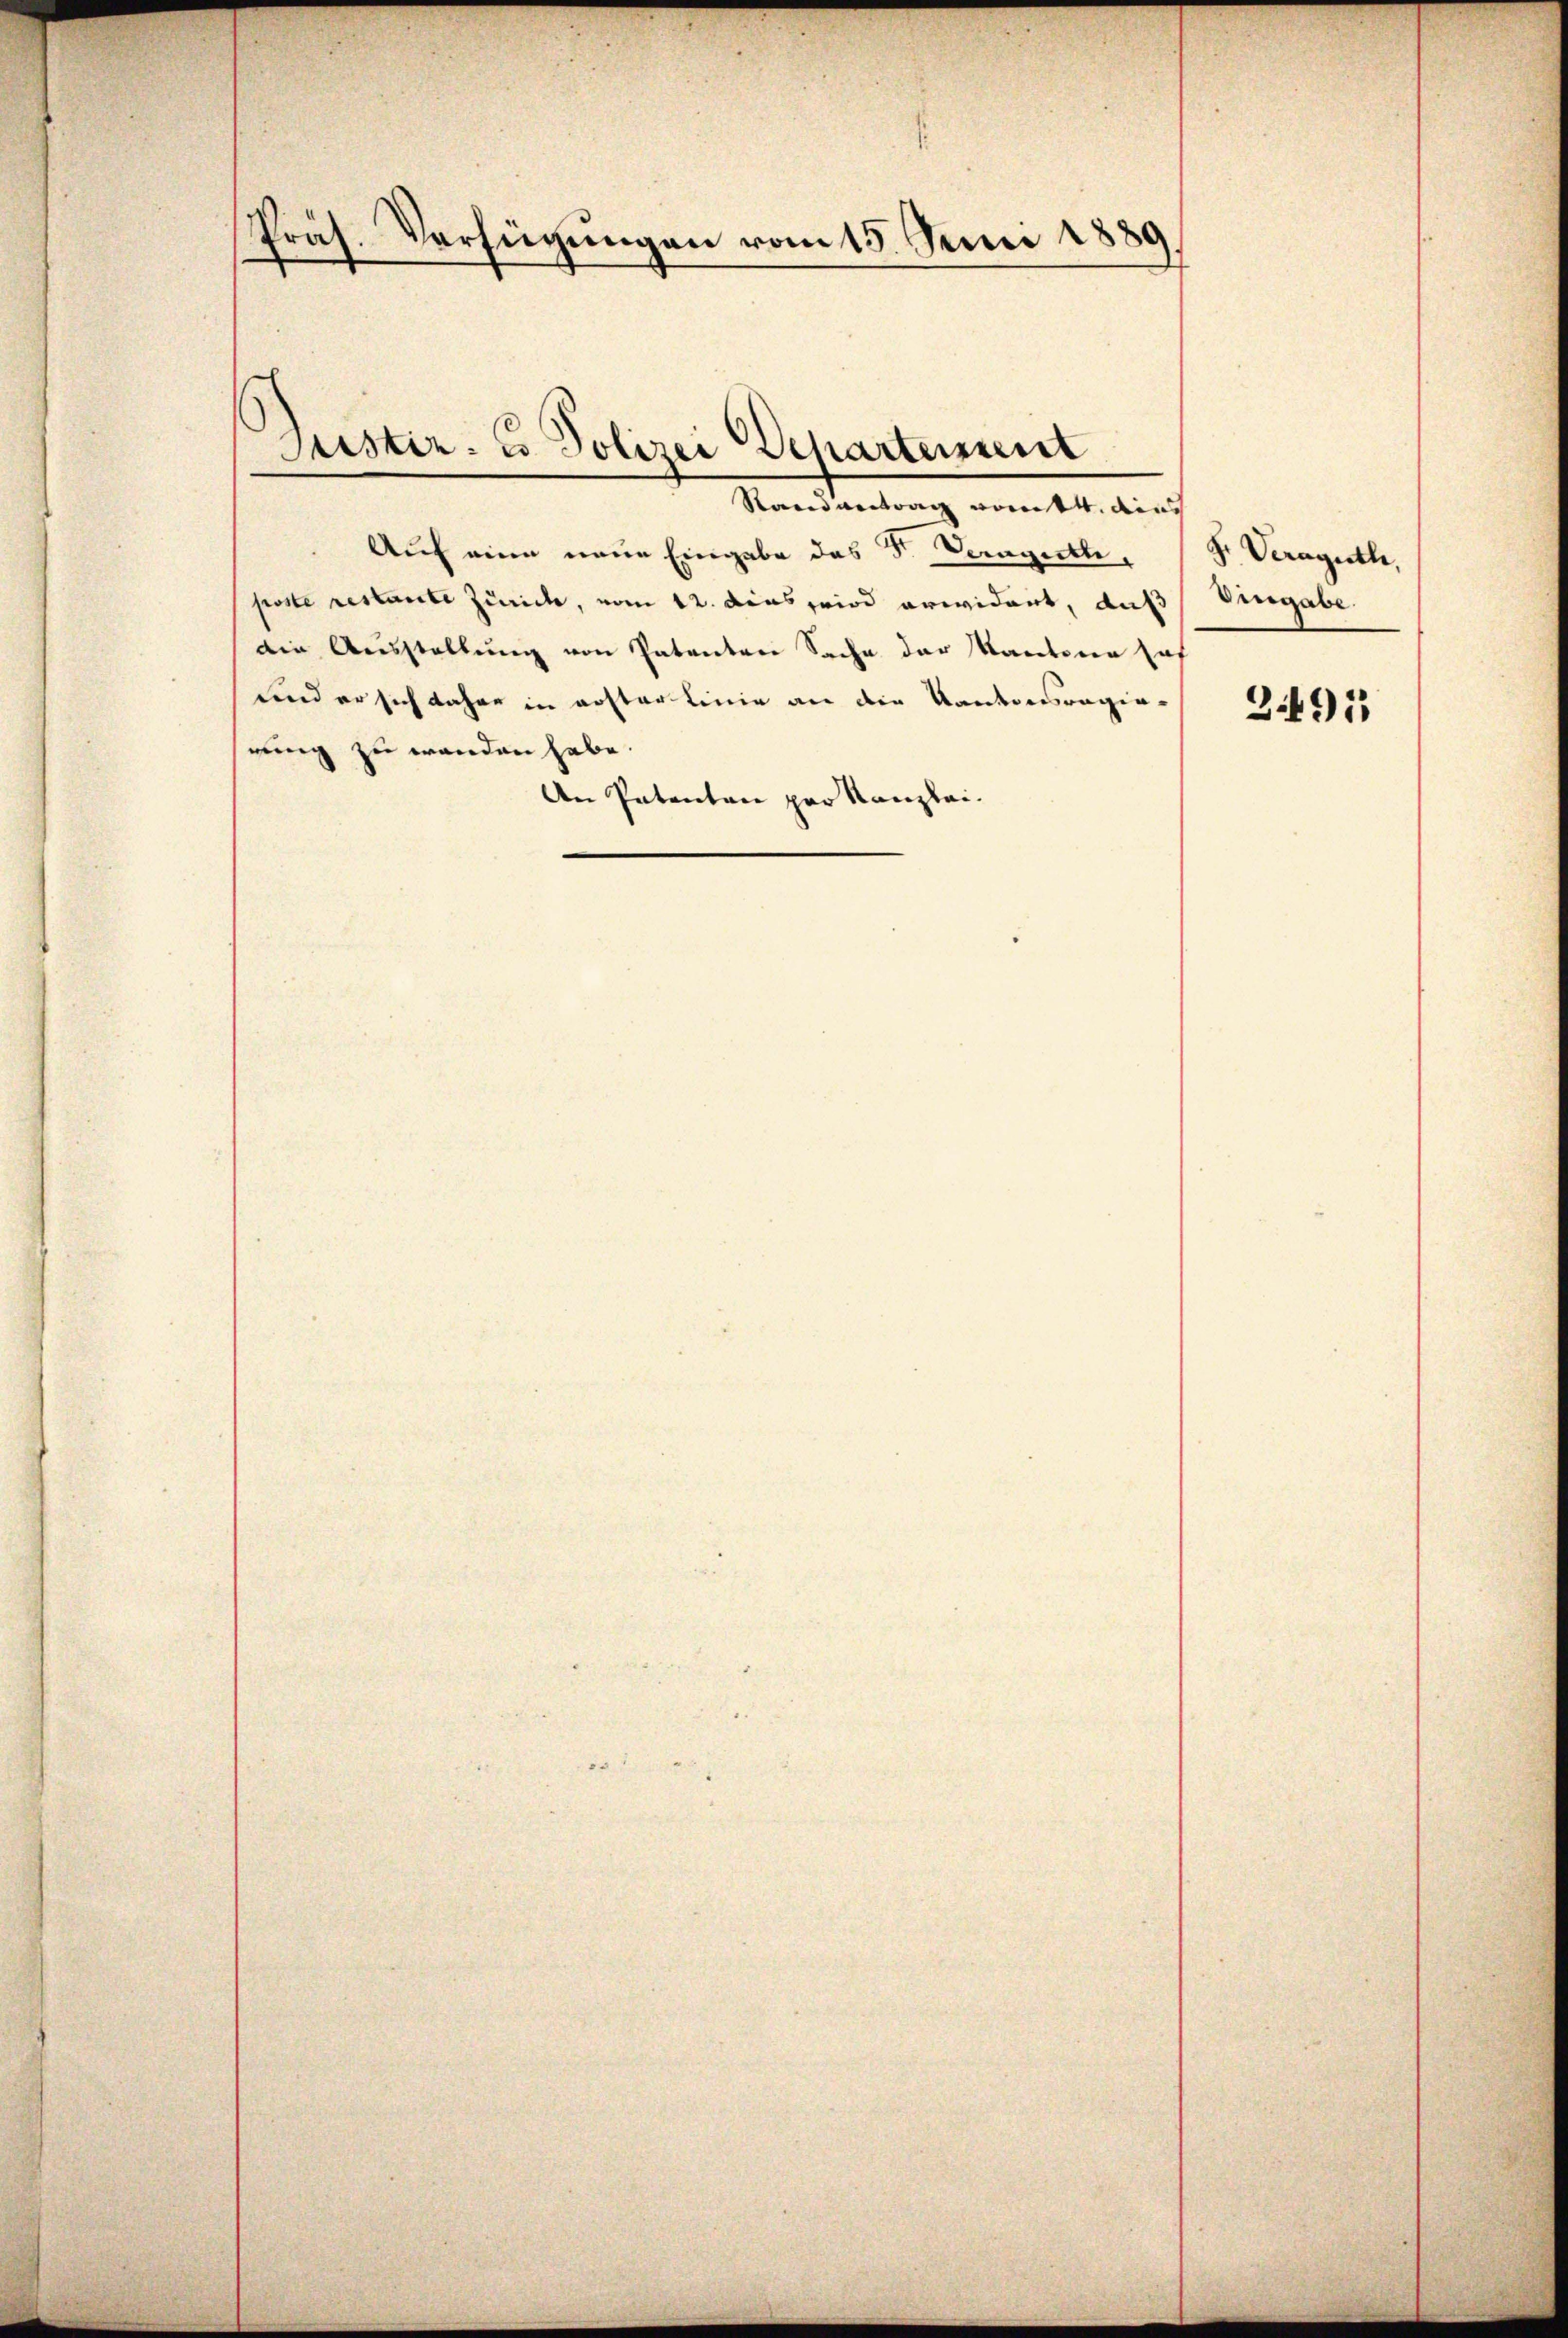
Präs. Verfügungen vom 15. Juni 1889

Justiz- u. Polizei Departement

Mandantung von Wider
Auf eine neue Eingabe das Sr. Dengeth,
poste restante Zürich, vom 12. Dies wird erwidert, daß Eingabe.
din Ausstellung von Patenten Sache der Kantone hof
sind er sich daher in erster Linie an die Kantonsregierung zu wenden habe.
An Patenten par Kanzlei.

Fr. Veraguth,

249: